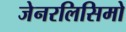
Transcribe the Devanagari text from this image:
जेनरलिसिमो